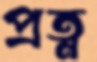
প্রত্ন